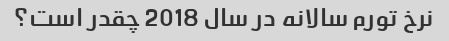
نرخ تورم سالانه در سال 2018 چقدر است؟